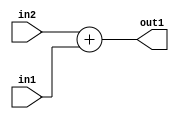
`timescale 1ps / 1ps
/*****************************************************************************
    Verilog RTL Description
    
    
    Created by: Stratus DpOpt 21.05.01 
*******************************************************************************/

module SobelFilter_Add_33Sx9U_33S_4 (
	in2,
	in1,
	out1
	); /* architecture "behavioural" */ 
input [32:0] in2;
input [8:0] in1;
output [32:0] out1;
wire [32:0] asc001;

assign asc001 = 
	+(in2)
	+(in1);

assign out1 = asc001;
endmodule

/* CADENCE  ubLzTA0= : u9/ySxbfrwZIxEzHVQQV8Q== ** DO NOT EDIT THIS LINE ******/